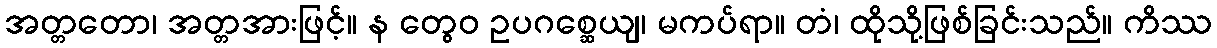
အတ္တတော၊ အတ္တအားဖြင့်။ န တွေဝ ဥပဂစ္ဆေယျ၊ မကပ်ရာ။ တံ၊ ထိုသို့ဖြစ်ခြင်းသည်။ ကိဿ